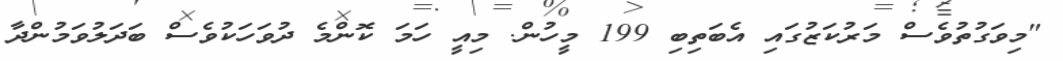
"މިވަގުތުވެސް މަރުކަޒުގައި އެބަތިބި 199 މީހުން. މިއީ ހަމަ ކޮންމެ ދުވަހަކުވެސް ބަދަލުވަމުންދާ